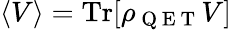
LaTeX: \langle V\rangle=\mathrm{Tr}[\rho_{\mathrm{~Q~E~T~}}V]